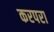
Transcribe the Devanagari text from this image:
करपरा